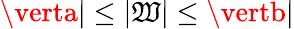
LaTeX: \verta\vert\le\vert\mathfrak{W}\vert\le\vertb\vert